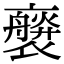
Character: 𧝻